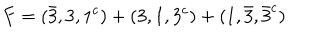
F = ( \bar { 3 } , 3 , 1 ^ { c } ) + ( 3 , 1 , 3 ^ { c } ) + ( 1 , \bar { 3 } , \bar { 3 } ^ { c } )